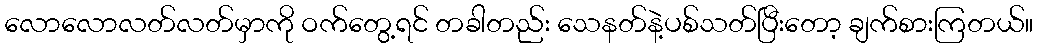
လောလောလတ်လတ်မှာကို ဝက်တွေ့ရင် တခါတည်း သေနတ်နဲ့ပစ်သတ်ပြီးတော့ ချက်စားကြတယ်။